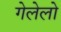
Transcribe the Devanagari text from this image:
गेलेलो